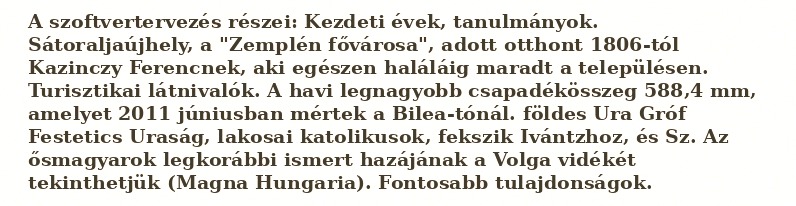
A szoftvertervezés részei: Kezdeti évek, tanulmányok. Sátoraljaújhely, a "Zemplén fővárosa", adott otthont 1806-tól Kazinczy Ferencnek, aki egészen haláláig maradt a településen. Turisztikai látnivalók. A havi legnagyobb csapadékösszeg 588,4 mm, amelyet 2011 júniusban mértek a Bilea-tónál. földes Ura Gróf Festetics Uraság, lakosai katolikusok, fekszik Ivántzhoz, és Sz. Az ősmagyarok legkorábbi ismert hazájának a Volga vidékét tekinthetjük (Magna Hungaria). Fontosabb tulajdonságok.